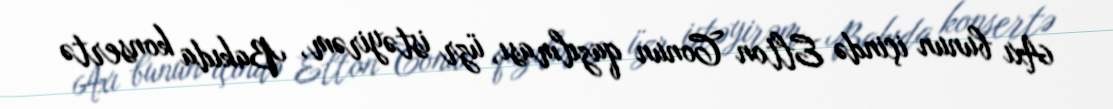
Axı bunun içində Elton Conun qazılması, üzr istəyirəm, Bakıda konsertə